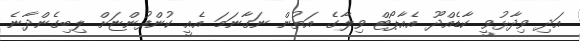
އަދި ވިދާޅުވީ ކާޑެއްދޫ އެއާޕޯޓް ވިލާގެ އަތުން ނަގާނަމަ އެއީ ކުންފުންޏަށް ލިބިގެންދާނެ